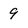
Character: 9